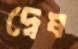
দ্বেষ